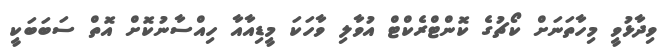
ވިދާޅުވީ މިހާތަނަށް ކޯޗުގެ ކޮންޓްރެކްޓް އުވާލި ވާހަކަ މީޑިއާއާ ހިއްސާނުކޮށް އޮތް ސަބަބަކީ